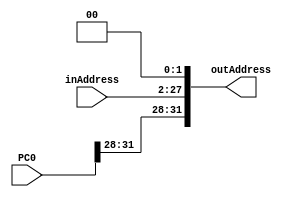
`timescale 1ns / 1ps
//////////////////////////////////////////////////////////////////////////////////
// Company: 
// Engineer: 
// 
// Design Name: 
// Module Name: PCjump
// Project Name: 
// Target Devices: 
// Tool Versions: 
// Description: 
// 
// Dependencies: 
// 
// Revision:
// Revision 0.01 - File Created
// Additional Comments:
// 
//////////////////////////////////////////////////////////////////////////////////


module PCjump(
	input [31:0] PC0,	//
	input [25:0] inAddress,	//
	output [31:0] outAddress	//()
);
	assign outAddress[31:28] = PC0[31:28];
	assign outAddress[27:2] = inAddress;
	assign outAddress[1:0] = 2'b00;
endmodule